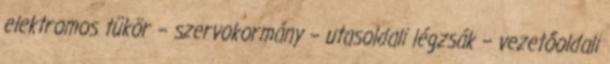
elektromos tükör – szervokormány – utasoldali légzsák – vezetőoldali